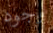
وجود